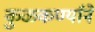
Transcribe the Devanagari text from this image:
कुळकर्ण्यानें